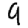
Digit: 9